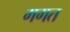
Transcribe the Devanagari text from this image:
मगत